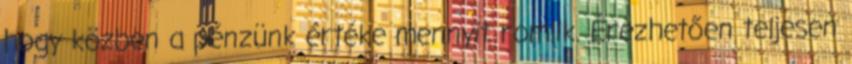
hogy közben a pénzünk értéke mennyit romlik. Érezhetően teljesen